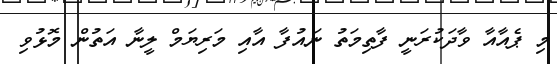
މި ޕެއާއާ ވާދަކުރަނީ ފާތިމަތު ނައުފާ އާއި މަރިޔަމް ލީނާ އަތުން މޮޅުވި